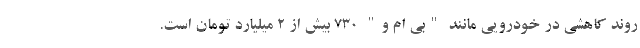
روند کاهشی در خودرویی مانند "بی ام و" 730 بیش از 2 میلیارد تومان است.